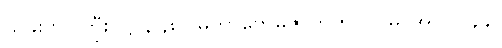
သူခိုးဗိုလ်ကြီး၊ ဋ္ဌ-၃၄၈။ မဟာဗောဓိဇာတက၊ ဋ္ဌ-မ-အုပ်-၂၄၄။